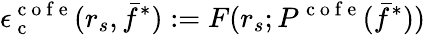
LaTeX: \epsilon_{\mathrm{~c~}}^{\mathrm{~c~o~f~e~}}(r_{s},\bar{f}^{*}):=F(r_{s};P^{\mathrm{~c~o~f~e~}}(\bar{f}^{*}))